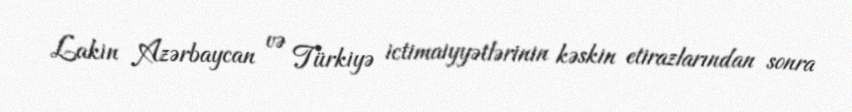
Lakin Azərbaycan və Türkiyə ictimaiyyətlərinin kəskin etirazlarından sonra